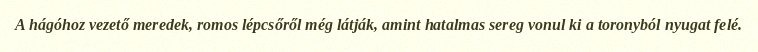
A hágóhoz vezető meredek, romos lépcsőről még látják, amint hatalmas sereg vonul ki a toronyból nyugat felé.